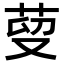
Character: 𦰑